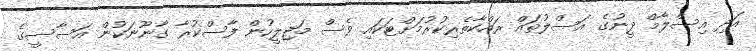
އަދި އިސްލާމް ދީނުގެ އަސްލުތައް ރައްކާތެރިކުރުމަށްޓަކައި ވެސް މަޖިލީހުން ފާސްކުރާ ގާނޫނަކުން އަސާސީގެ